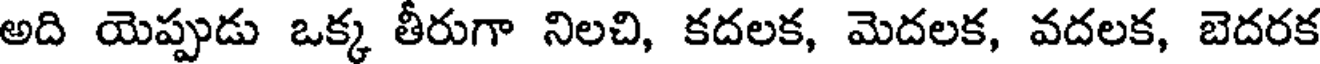
అది యెప్పుడు ఒక్క తీరుగా నిలచి, కదలక, మెదలక, వదలక, బెదరక